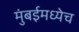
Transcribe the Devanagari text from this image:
मुंबईमध्येच